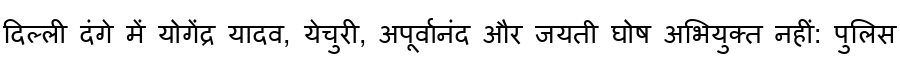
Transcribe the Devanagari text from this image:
दिल्ली दंगे में योगेंद्र यादव, येचुरी, अपूर्वानंद और जयती घोष अभियुक्त नहीं: पुलिस